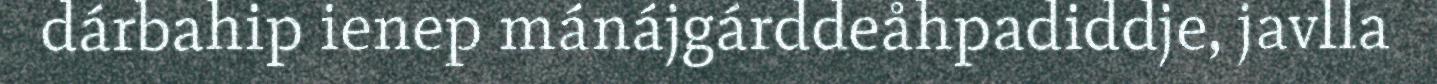
dárbahip ienep mánájgárddeåhpadiddje, javlla